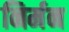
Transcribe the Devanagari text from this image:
निर्मन